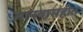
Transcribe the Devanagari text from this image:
मानवासहीत